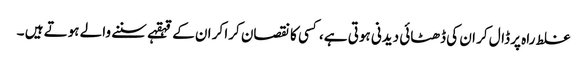
غلط راہ پر ڈال کر ان کی ڈھٹائی دیدنی ہوتی ہے، کسی کا نقصان کرا کر ان کے قہقہے سننے والے ہوتے ہیں ۔